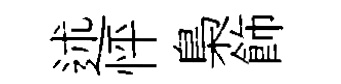
述怦梟飾